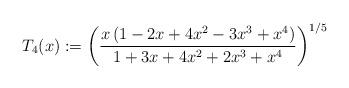
LaTeX: \begin{align*}T_4(x):=\left(\frac{x \left(1-2 x+4 x^2-3 x^3+x^4\right)}{1+3 x+4 x^2+2 x^3+x^4}\right)^{1/5}\end{align*}